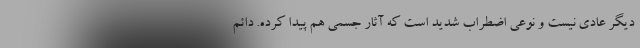
دیگر عادی نیست و نوعی اضطراب شدید است که آثار جسمی هم پیدا کرده. دائم